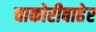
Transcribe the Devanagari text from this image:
चाकोरीबाहेर